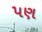
૫ણ